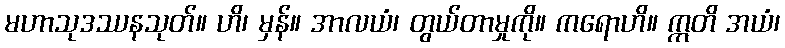
မဟာသုဒဿနသုတ်။ ဟိ၊ မှန်။ အာလယံ၊ တွယ်တာမှုကို။ ကရောဟိ။ ဣတိ အယံ၊